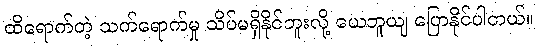
ထိရောက်တဲ့ သက်ရောက်မှု သိပ်မရှိနိုင်ဘူးလို့ ယေဘူယျ ပြောနိုင်ပါတယ်။